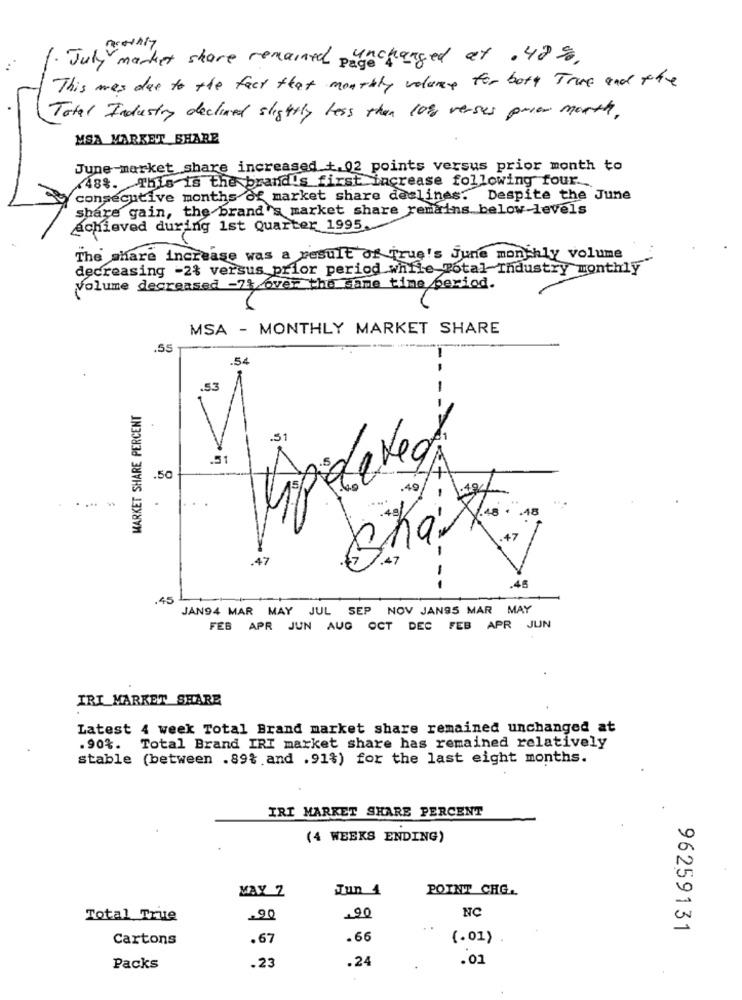
July market share remained pinchanged at . 42%.
This was due to the fact that monthly volunce for both True and the
Total Industry declared slightly less than 10% versus prior month,
MSA MARKET SHARE
June-market share increased t. 02 points versus prior month to
(48%. This is the brand's first increase following four ...
consecutive months of market share declines. Despite the June
Share gain, the brand's market share remains below-levels
achieved during 1st Quarter 1995.
The share increase was a result of True's June monthly volume
decreasing -2% versus prior period while Total Industry monthly
Volume decreased -7% over the same time period.
MSA - MONTHLY MARKET SHARE
.55
.54
-
-
MARKET SHARE PERCENT
.31
.51
.50
49
.18
BKat
.47
7.47
-
46
--
.45
JAN94 MAR MAY JUL SEP NOV JAN95 MAR MAY
FEB APR JUN AUG OCT DEC FEB APR JUN
IRI MARKET SHARE
Latest 4 week Total Brand market share remained unchanged at
.90%. Total Brand IRT market share has remained relatively
stable (between .89% and .91%) for the last eight months.
IRI MARKET SHARE PERCENT
(4 WEEKS ENDING)
MAY 2
Tun 4
POINT CHG.
NC
Total True
.90
20
96259131
Cartons
.67
.66
(.01)
.23
.24
.01
Packs